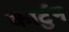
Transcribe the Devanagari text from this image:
कार्टुन